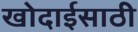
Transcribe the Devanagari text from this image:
खोदाईसाठी